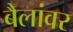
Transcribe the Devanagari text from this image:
बैलांवर